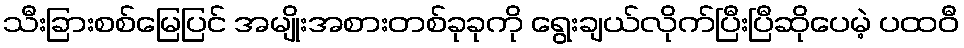
သီးခြားစစ်မြေပြင် အမျိုးအစားတစ်ခုခုကို ရွေးချယ်လိုက်ပြီးပြီဆိုပေမဲ့ ပထဝီ